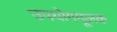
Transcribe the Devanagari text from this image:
उपयोगमूलक